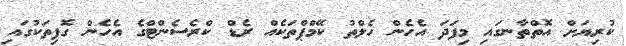
ކުރިޔަށް އޮތްތާނގައި މިފަދަ އެހެން ހެލްތު ކޭމްޕްތަކެއް ރެޑް ކްރެސެންޓްގެ އެހެން ގޮފިތަކުގައި